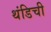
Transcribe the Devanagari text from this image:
थंडिची